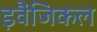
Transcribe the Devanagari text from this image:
इवैंजिकल